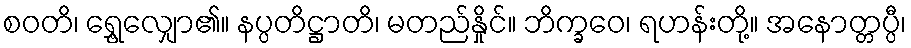
စဝတိ၊ ရွှေ့လျှော၏။ နပ္ပတိဋ္ဌာတိ၊ မတည်နှိုင်။ ဘိက္ခဝေ၊ ရဟန်းတို့။ အနောတ္တပ္ပီ၊